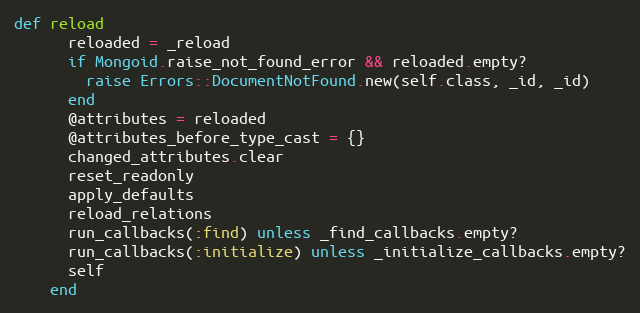
Language: Ruby
def reload
      reloaded = _reload
      if Mongoid.raise_not_found_error && reloaded.empty?
        raise Errors::DocumentNotFound.new(self.class, _id, _id)
      end
      @attributes = reloaded
      @attributes_before_type_cast = {}
      changed_attributes.clear
      reset_readonly
      apply_defaults
      reload_relations
      run_callbacks(:find) unless _find_callbacks.empty?
      run_callbacks(:initialize) unless _initialize_callbacks.empty?
      self
    end